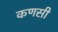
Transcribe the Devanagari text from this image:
कणसी